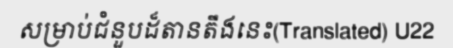
សម្រាប់ជំនួបដ៏តានតឹងនេះ(Translated) U22